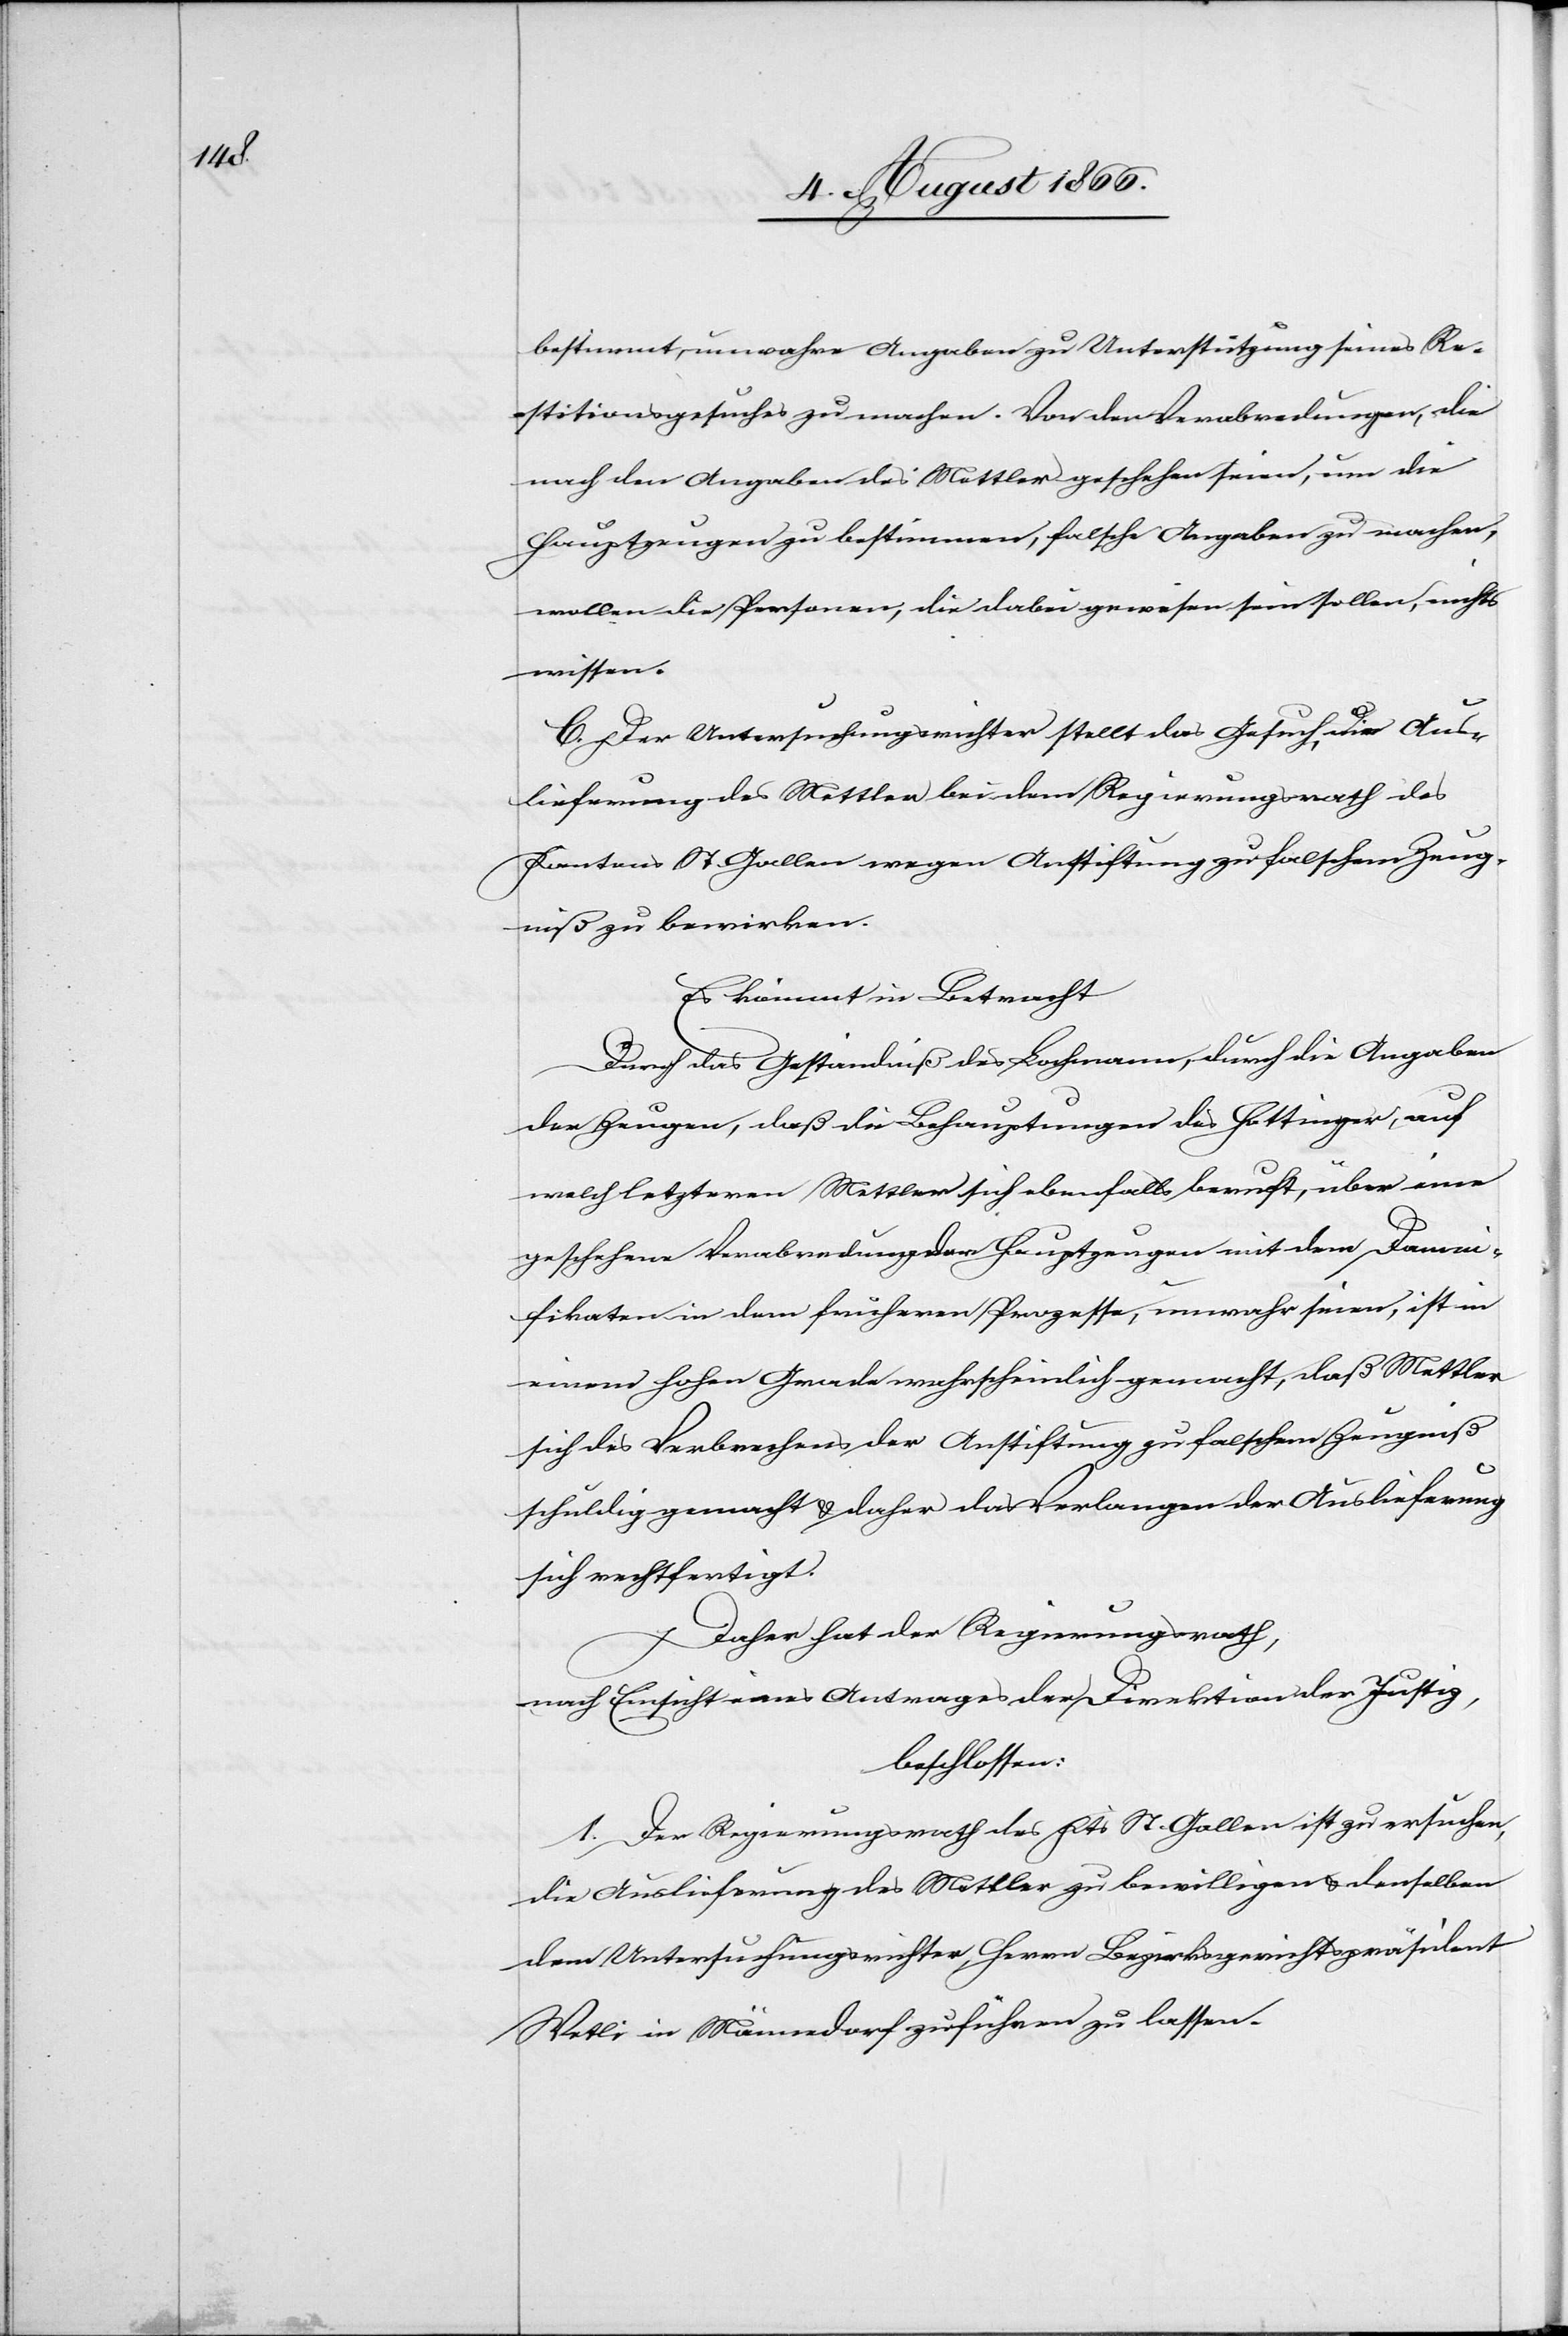
bestimmt, unwahre Angaben zu Unterstützung seines Re¬
stitutionsgesuches zu machen. Von den Verabredungen, die
nach den Angaben des Mettler geschehen seien, um die
Hauptzeugen zu bestimmen, falsche Angaben zu machen,
wollen die Personen, die dabei gewesen sein sollen, nichts
wissen.
C. Der Untersuchungsrichter stellt das Gesuch, die Aus¬
lieferung des Mettler bei dem Regierungsrath des
Kantons St. Gallen wegen Anstiftung zu falschem Zeug¬
niß zu bewirken.
Es kömmt in Betracht:
Durch das Geständniß des Bachmann, durch die Angaben
der Zeugen, daß die Behauptungen des Hottinger, auf
welche letzteren Mettler sich ebenfalls beruft, über eine
geschehene Verabredung der Hauptzeugen mit dem Damni¬
fikaten in dem frühern Prozesse, unwahr seien, ist in
einem hohen Grade wahrscheinlich gemacht, daß Mettler
sich des Verbrechens der Anstiftung zu falschem Zeugniß
schuldig gemacht u. daher das Verlangen der Auslieferung
sich rechtfertigt.
Daher hat der Regierungsrath,
nach Einsicht eines Antrages der Direktion der Justiz,
beschlossen:
1. Der Regierungsrath des Kts. St. Gallen ist zu ersuchen,
die Auslieferung des Mettler zu bewilligen u. denselben
dem Untersuchungsrichter, Herrn Bezirksgerichtspräsident
Wetli in Männedorf zuführen zu lassen.